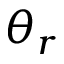
\theta _ { r }